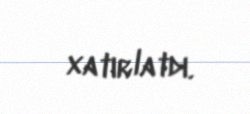
xatırlatdı.